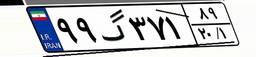
۹۹گ۳۷۱۸۹